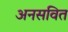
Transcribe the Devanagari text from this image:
अनसवित